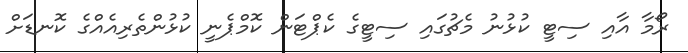
ރޯމާ އާއި ސިޓީ ކުޅުނު މެޗުގަައި ސިޓީގެ ކެޕްޓަން ކޮމްޕެނީ ކުޅުންތެރިއެއްގެ ކޮނޑަށް